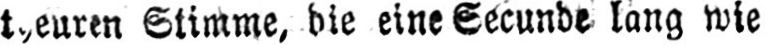
Stimme, die eine Secunde lang wie